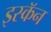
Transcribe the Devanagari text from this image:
इस्कॅन